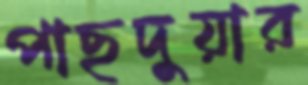
পাছদুয়ার